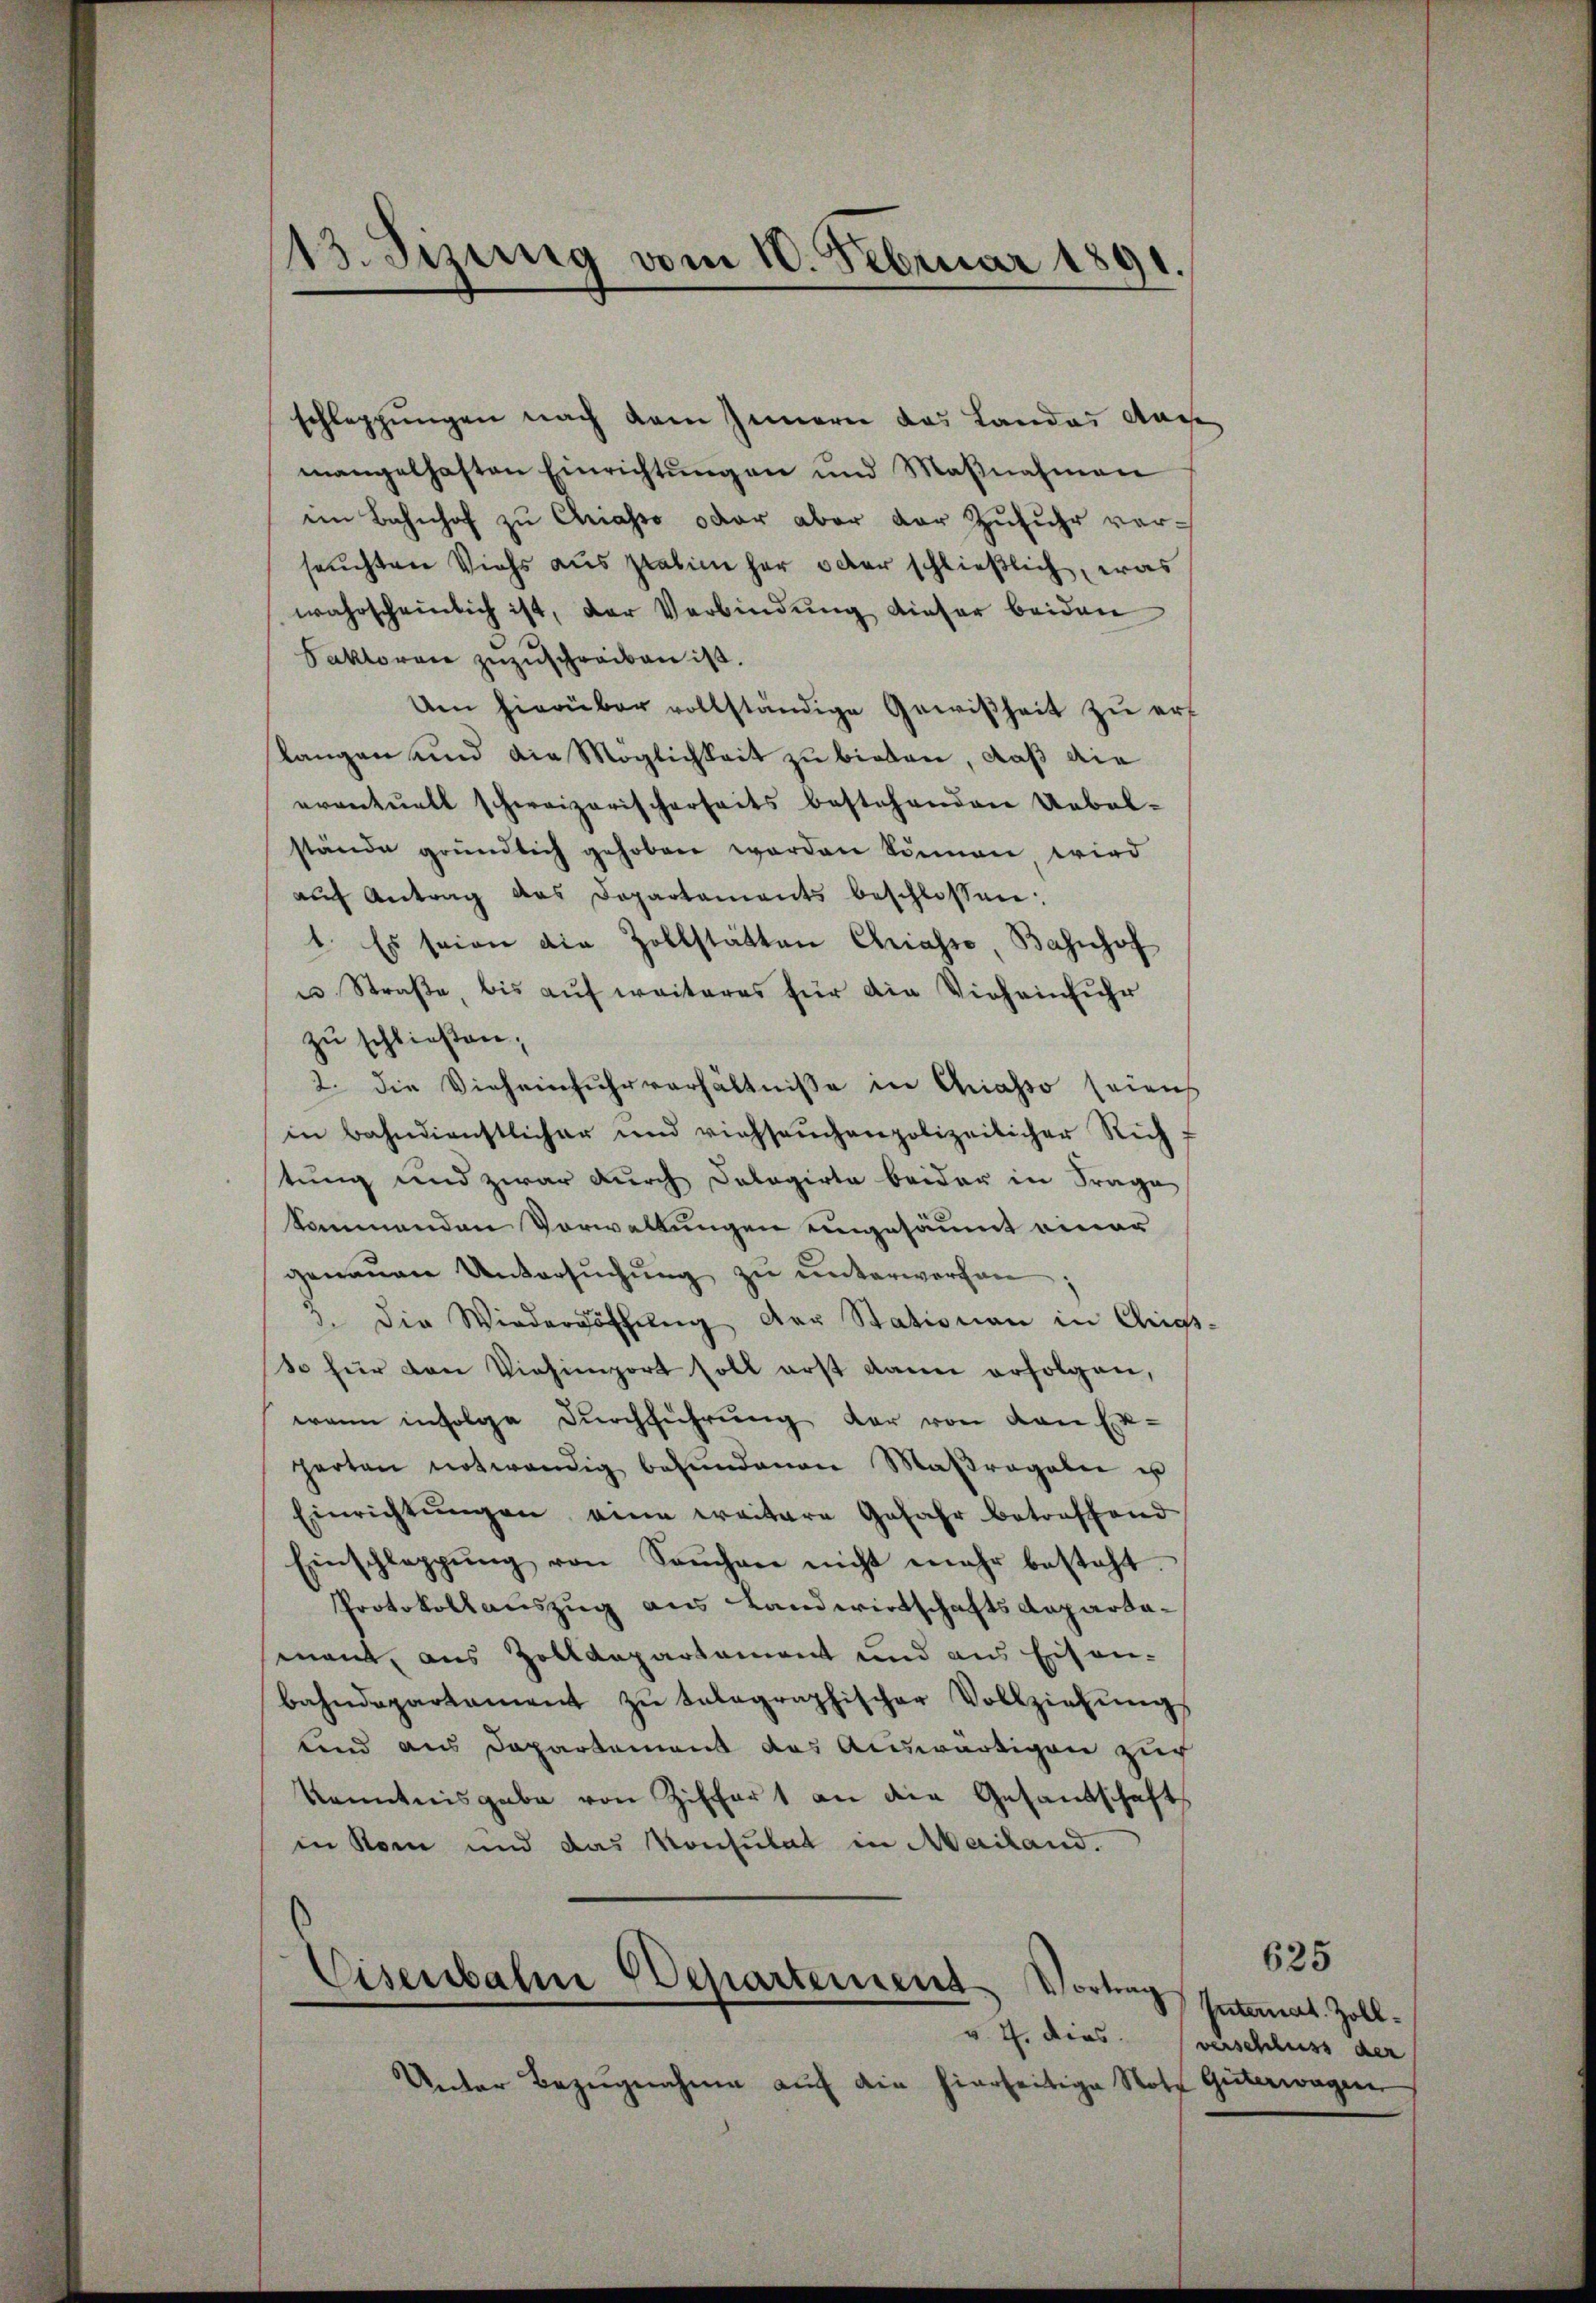
13. Jezung vom 10. Februar 1891.

schleppungen nach dem Innern das Landas Auch
mangelhaften Einrichtŭngen und Maβnahmen
im Bahnhof zu Chriasso oder aber der Zufuhr verseuchten Viehs aus statim her oder schließlich, was
wahrscheinlich ist, der Verbindŭng dieser beiden
Faktoren zŭzŭschreiben ist.
Um hierüber vollständige Gewißheit zu erf
langen und die Möglichkeit zu bieten, daß die
eventuell schweizerischerseits bestehenden Uebel-
stände gründlich gehoben worden können, wird
aŭf Antrag das Departaments beschlossen:
1. Es seien die Zollstätten Chiasso, Bahnhof
u Straße, bis auf weiteres für die Vieheinfuhr
zu schließen;
2. die Vieheinfuhrverhältnisse in Chiasso seien
in bahndienstlicher und viehseuchenpolizeilicher Rich f
stung und zwar durch Dolagirte beider in Frage
komnenden Vorwaltungen engesäumt einer
genauen Untersŭchŭng zu unterworfen
3. die Wiedergöthŭng der Stationen in Chiess-
so für den Viehimport soll erst dann erfolgen,
wann infolge Durchführung der von den Exharten notwendig befŭndenen Maβragale u
Einrichtŭngen eine weitere Gefahr betreffend
Einschleppung von Sachen nicht mehr besteht.
Protokollauszug aus Landwirtschaftsdepartamant, aus Zolldepartement und aus Eisen-
bahndepartament zŭ talographischer Vollziehŭng
tend aus Departement des Auswärtigen zur
Kenntnisgabe von Ziffert an die Gesandschafts
in Rom und das Konsulat in Mailand.
¬
Eisenbahne Departement Vortrag
v. 4. dies
Unter Bezugnahme auf die hierseitige Note Güterwagen

625
Internat. Zollverschluss der